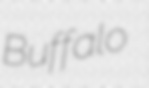
Buffalo